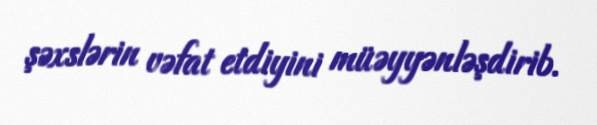
şəxslərin vəfat etdiyini müəyyənləşdirib.